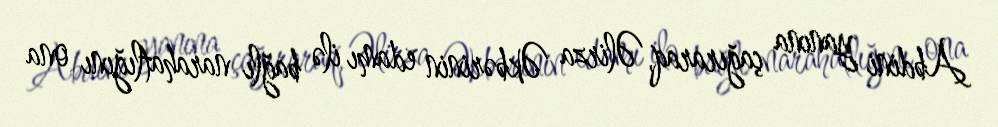
Abdini yanına çağıraraq, Əlirza Əkbərinin edamı ilə bağlı narahatlığını ona